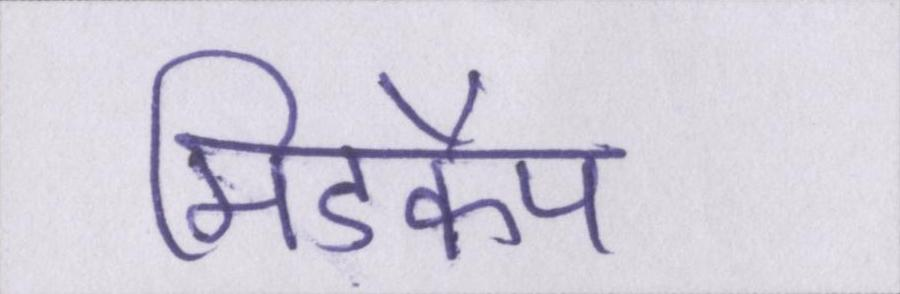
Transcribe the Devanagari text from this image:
मिडकैप